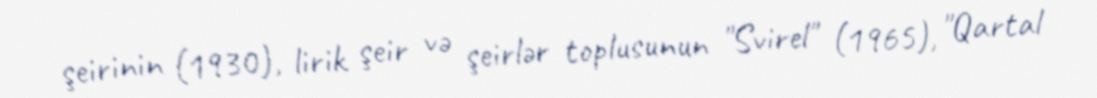
şeirinin (1930), lirik şeir və şeirlər toplusunun "Svirel" (1965), "Qartal